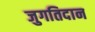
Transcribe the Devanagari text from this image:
जुगतिदान